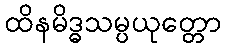
ထိနမိဒ္ဓသမ္ပယုတ္တော